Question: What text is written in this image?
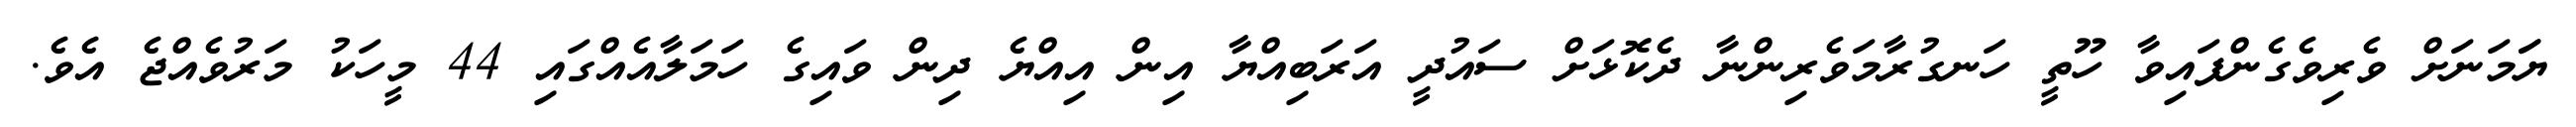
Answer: ޔަަމަނަށް ވެރިވެގެންފައިވާ ހޫތީ ހަނގުރާމަވެރިންނާ ދެކޮޅަށް ސައުދީ އަރަބިއްޔާ އިން އިއްޔެ ދިން ވައިގެ ހަމަލާއެއްގައި 44 މީހަކު މަރުވެއްޖެ އެވެ.